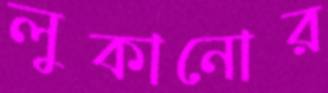
লুকানোর